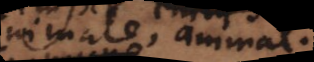
animale, animal.